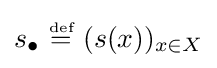
s_{\bullet }~{\stackrel {\scriptscriptstyle {\text{def}}}{=}}~(s(x))_{x\in X}